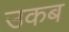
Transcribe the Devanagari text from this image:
उकब